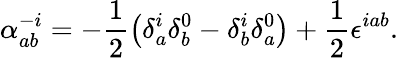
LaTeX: \alpha_{ab}^{-i}=-\frac{1}{2}\left(\delta_{a}^{i}\delta_{b}^{0}-\delta_{b}^{i}\delta_{a}^{0}\right)+\frac{1}{2}\epsilon^{iab}.